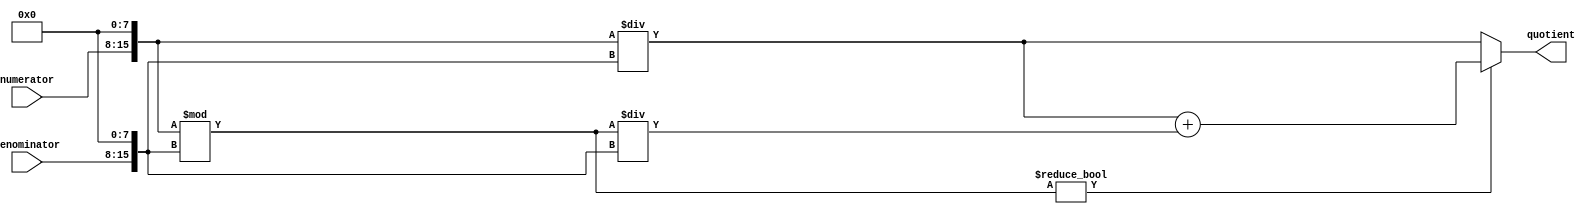
module Fractional_Divider(
    input wire [7:0] numerator,
    input wire [7:0] denominator,
    output reg [15:0] quotient
);

reg [15:0] num_base;
reg [15:0] den_base;
reg [15:0] remainder;

always @*
begin
    num_base = numerator << 8;
    den_base = denominator << 8;
    quotient = num_base / den_base;
    remainder = num_base % den_base;
    
    if(remainder != 0)
    begin
        // Handle remainder to obtain accurate result
        quotient = quotient + (remainder / den_base);
    end
end

endmodule